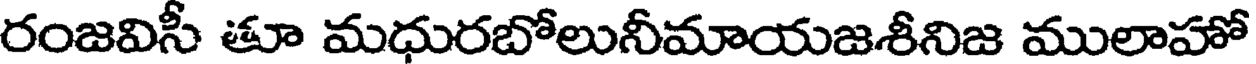
రంజవిసీ తూ మధురబోలునీమాయజశీనిజ ములాహో